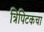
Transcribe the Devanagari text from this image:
त्रिपिटकचा